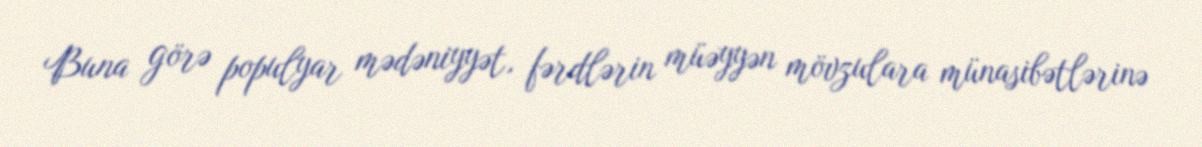
Buna görə populyar mədəniyyət, fərdlərin müəyyən mövzulara münasibətlərinə